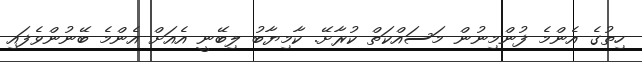
ހިތުގެ އެންމެ ފުންމިނުން މަސައްކަތް ކުރާށޭ. ކާމިޔާބު ލިބޭނީ އެއަށް އެންމެ ބޭނުންވެފައި